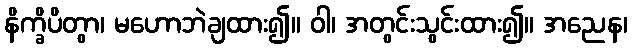
နိက္ခိပိတွာ၊ မဟောဘဲချထား၍။ ဝါ၊ အတွင်းသွင်းထား၍။ အညေန၊